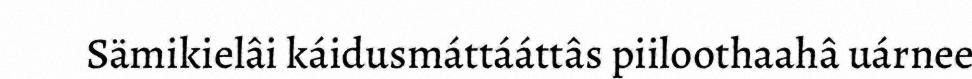
Sämikielâi káidusmáttááttâs piiloothaahâ uárnee